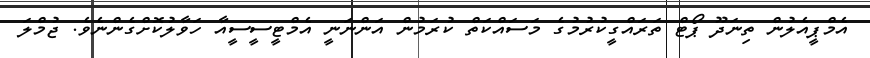
އެމްޕީއެލުން ތިނަދޫ ޕޯޓް ތަރައްގީކުރުމުގެ މަސައްކަތް ކުރަމުން އަންނަނީ އެމްޓީސީސީއާ ހަވާލުކޮށްގެންނެވެ. ޖުމްލަ